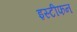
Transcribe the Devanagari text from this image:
इस्टीफन